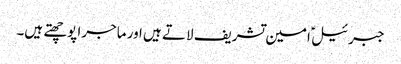
جبرئیل ؑ امین تشریف لاتے ہیں اور ماجرا پوچھتے ہیں۔